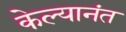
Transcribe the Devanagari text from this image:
केल्यानंत